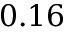
0 . 1 6